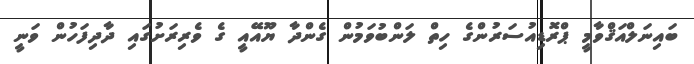
ބައިނަލްއަޤްވާމީ ޕްރޮޑިއުސަރުންގެ ހިތް ލަންބުވަމުން ގެންދާ ޔޫއޭއީ ގެ ވެރިރަށުގައި ދާދިފަހުން ވަނީ